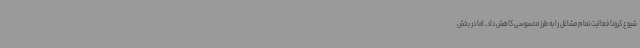
شیوع کرونا فعالیت تمام مشاغل را به طرز محسوسی کاهش داد، اما در بخش